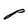
Character: P